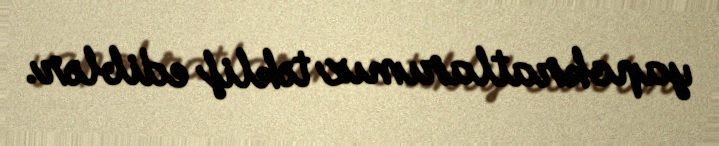
yapokratlarımız təklif ediblər.